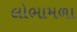
લોભામળા